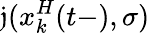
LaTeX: \mathfrak{j}(x_{k}^{H}(t-),\sigma)